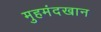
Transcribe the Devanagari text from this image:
मुहमंदखान